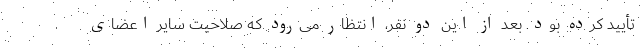
تأیید کرده بود. بعد از این دو نفر، انتظار می‌رود که صلاحیت سایر اعضای